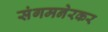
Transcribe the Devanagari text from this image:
संगमनेरकर